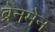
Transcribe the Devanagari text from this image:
ब्रेनमैन